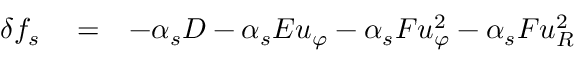
\begin{array} { r l r } { \delta f _ { s } } & { { } = } & { - \alpha _ { s } D - \alpha _ { s } E u _ { \varphi } - \alpha _ { s } F u _ { \varphi } ^ { 2 } - \alpha _ { s } F u _ { R } ^ { 2 } } \end{array}